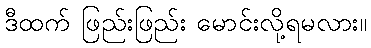
ဒီထက် ဖြည်းဖြည်း မောင်းလို့ရမလား။